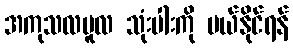
အကုသလမူလ သုံးပါးကို ပယ်နိုင်ရန်